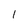
Character: I